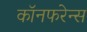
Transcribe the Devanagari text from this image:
कॉनफरेन्स